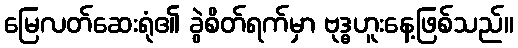
မြေလတ်ဆေးရုံ၏ ခွဲစိတ်ရက်မှာ ဗုဒ္ဓဟူးနေ့ဖြစ်သည်။